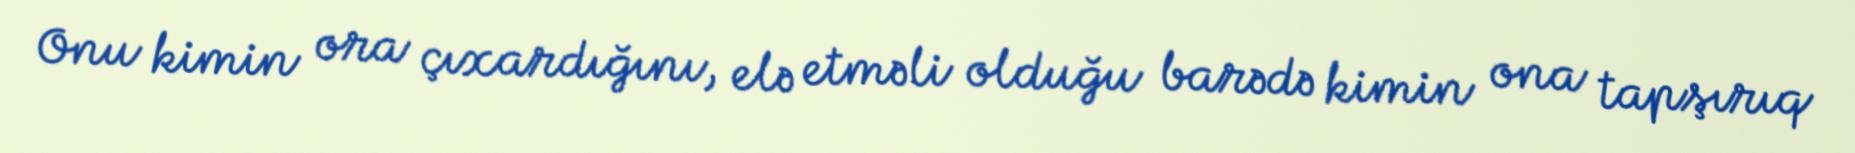
Onu kimin ora çıxardığını, elə etməli olduğu barədə kimin ona tapşırıq